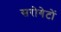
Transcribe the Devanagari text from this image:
सरोगेटों